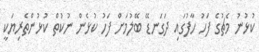
ކުޅުނު މެޗުގެ ފަހު ހާފުގައި ދަގަނޑޭ ބޭލުމަށް ފަހު ކުޅެން ނުކުތް ކުޅުންތެރިޔަކީ